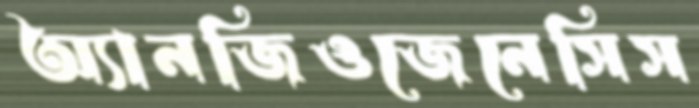
অ্যানজিওজেনেসিস